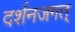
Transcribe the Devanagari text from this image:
दर्शनजगत्